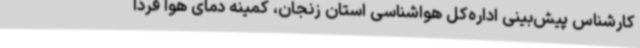
کارشناس پیش‌بینی اداره‌کل هواشناسی استان زنجان، کمینه دمای هوا فردا